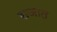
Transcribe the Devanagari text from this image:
राजात